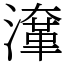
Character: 㵮